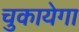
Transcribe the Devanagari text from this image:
चुकायेगा